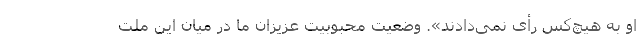
او به هیچ‌کس رأی نمی‌دادند». وضعیت محبوبیت عزیزان ما در میان این ملت